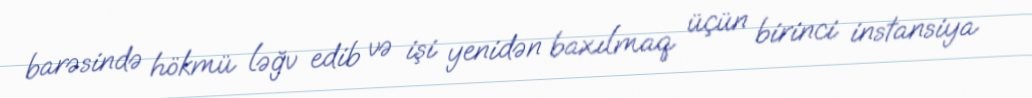
barəsində hökmü ləğv edib və işi yenidən baxılmaq üçün birinci instansiya